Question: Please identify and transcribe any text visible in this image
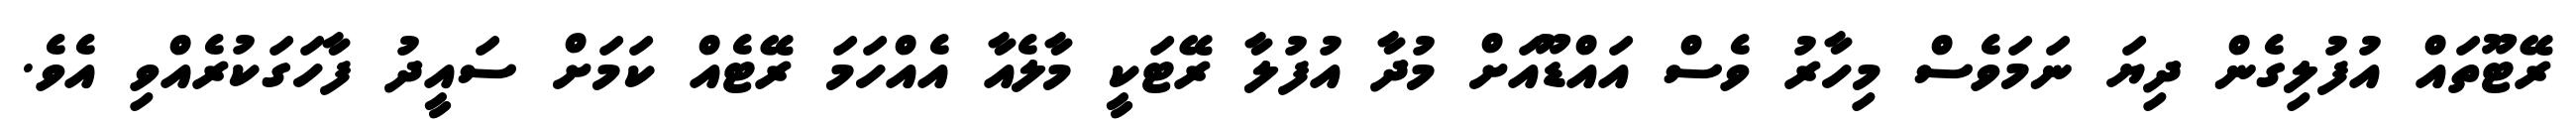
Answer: ރޭޓޫތައް އުފުލިގެން ދިޔަ ނަމަވެސް މިހާރު ވެސް އައްޑޫއަށް މުދާ އުފުލާ ރޭޓަކީ މާލެއާ އެއްހަމަ ރޭޓެއް ކަމަށް ސައީދު ފާހަގަކުރެއްވި އެވެ.